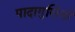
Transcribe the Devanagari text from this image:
पादागुलियाँ